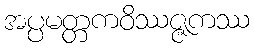
အပ္ပမတ္တကဝိဿဇ္ဇကဿ